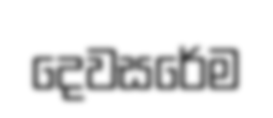
දෙවසරේම